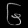
Digit: ၆